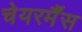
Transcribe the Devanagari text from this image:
चेयरर्मैंस